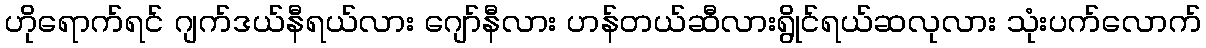
ဟိုရောက်ရင် ဂျက်ဒယ်နီရယ်လား ဂျော်နီလား ဟန်တယ်ဆီလားရွိုင်ရယ်ဆလုလား သုံးပက်လောက်